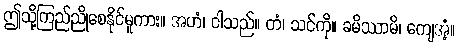
ဤသို့ကြည်ညိုစေနိုင်မူကား။ အဟံ၊ ငါသည်။ တံ၊ သင်ကို။ ခမိဿာမိ၊ ကျေအံ့။